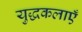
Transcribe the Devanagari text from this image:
युद्धकलाएँ